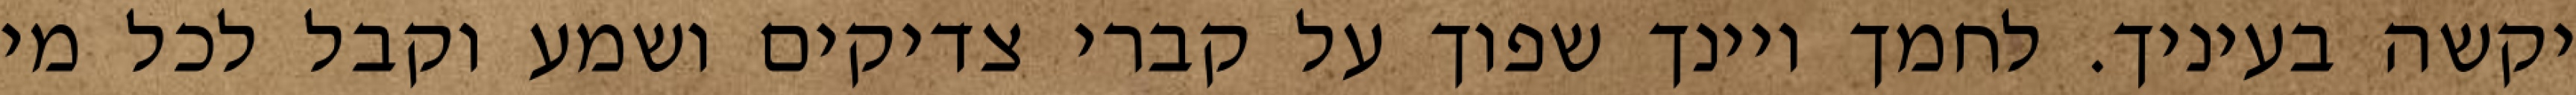
יקשה בעיניך. לחמך ויינך שפוך על קברי צדיקים ושמע וקבל לכל מי